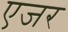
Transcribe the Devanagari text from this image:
एजर